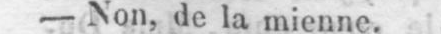
- Non, de la mienne.